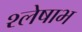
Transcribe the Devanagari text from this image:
श्लेषाभ